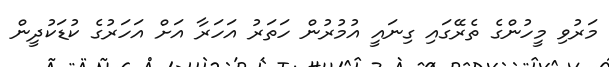
މަރުވި މީހުންގެ ތެރޭގައި ގިނައީ އުމުރުން ހަތަރު އަހަރާ އަށް އަހަރުގެ ކުޑަކުދީން